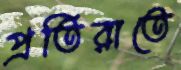
প্রতিরাতে